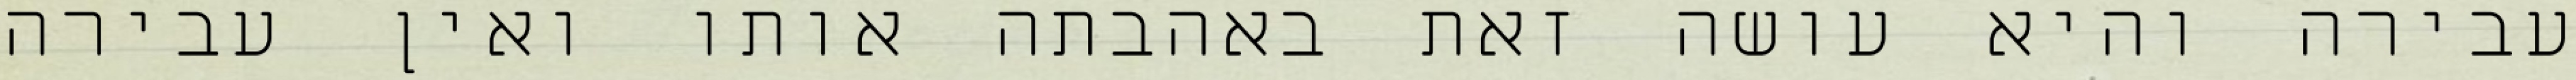
עבירה והיא עושה זאת באהבתה אותו ואין עבירה